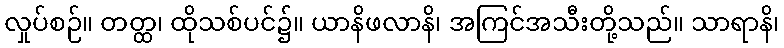
လှုပ်စဉ်။ တတ္ထ၊ ထိုသစ်ပင်၌။ ယာနိဖလာနိ၊ အကြင်အသီးတို့သည်။ သာရာနိ၊